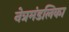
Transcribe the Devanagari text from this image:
नेत्रमंडलिका